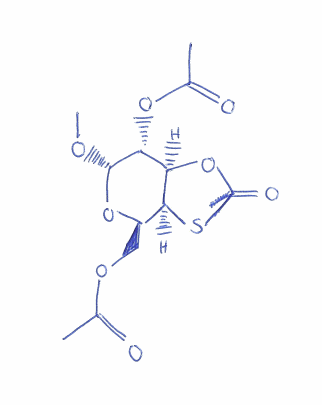
Simplified molecular-input line-entry system (SMILES) notation of the given molecule:
CC(=O)OC[C@@H]1[C@H]2[C@@H]([C@H]([C@H](O1)OC)OC(=O)C)OC(=O)S2